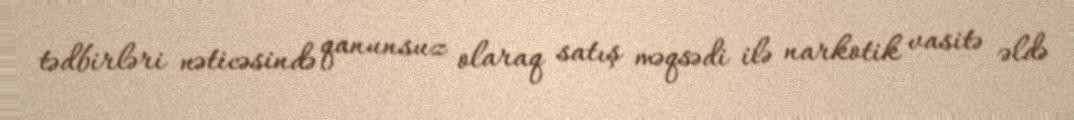
tədbirləri nəticəsində qanunsuz olaraq satış məqsədi ilə narkotik vasitə əldə